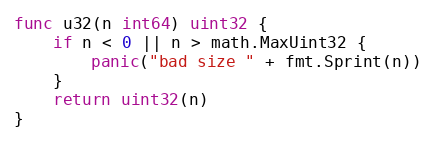
Language: Go
func u32(n int64) uint32 {
	if n < 0 || n > math.MaxUint32 {
		panic("bad size " + fmt.Sprint(n))
	}
	return uint32(n)
}